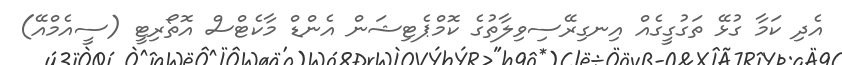
އެދި ކަމާ ގުޅޭ ތަގުގީގެއް އިނގިރޭސިވިލާތުގެ ކޮމްޕެޓިޝަން އެންޑް މާކެޓްސް އޮތޯރިޓީ (ސީއެމްއޭ)